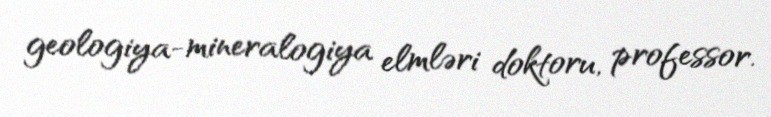
geologiya-mineralogiya elmləri doktoru, professor.